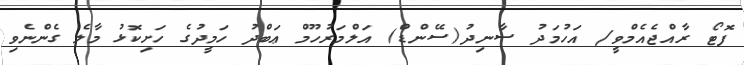
ފޮޓޯ ރާއްޖެއެމްވީ/ އަހުމަދު ސާނިދު(ސޭންޑް) އަލްމަރުހޫމް ޢަބްދު ހަމީދުގެ ހަށިކޮޅު މާލެ ގެންނެވި